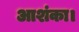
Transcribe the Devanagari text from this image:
आशंका।